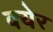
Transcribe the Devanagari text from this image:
क्येर